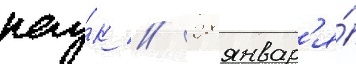
нау́к // 28 январ'я́